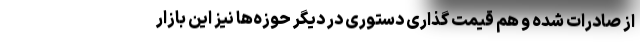
از صادرات شده و هم قیمت گذاری دستوری در دیگر حوزه‌ها نیز این بازار